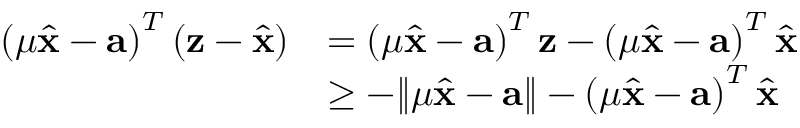
\begin{array} { r l } { \left( \mu \widehat { \mathbf { x } } - \mathbf { a } \right) ^ { T } ( \mathbf { z } - \widehat { \mathbf { x } } ) } & { = \left( \mu \widehat { \mathbf { x } } - \mathbf { a } \right) ^ { T } \mathbf { z } - \left( \mu \widehat { \mathbf { x } } - \mathbf { a } \right) ^ { T } \widehat { \mathbf { x } } } \\ & { \ge - \| \mu \widehat { \mathbf { x } } - \mathbf { a } \| - \left( \mu \widehat { \mathbf { x } } - \mathbf { a } \right) ^ { T } \widehat { \mathbf { x } } } \end{array}